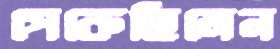
পেকেছিলেন